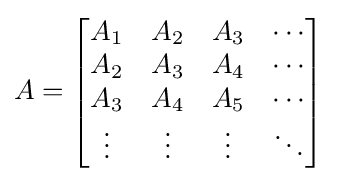
A={\begin{bmatrix}A_{1}&A_{2}&A_{3}&\cdots \\A_{2}&A_{3}&A_{4}&\cdots \\A_{3}&A_{4}&A_{5}&\cdots \\\vdots &\vdots &\vdots &\ddots \end{bmatrix}}